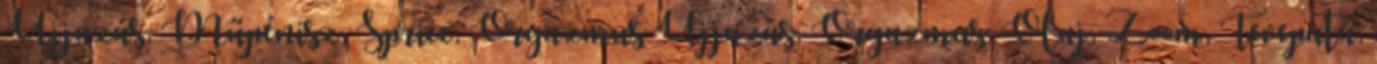
Ujjazás, Műpénisz, Spricc, Orgazmus Ujjazás, Orgazmus, Olaj, Zoom, Tevepata,